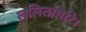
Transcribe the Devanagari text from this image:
ललितगिरि।